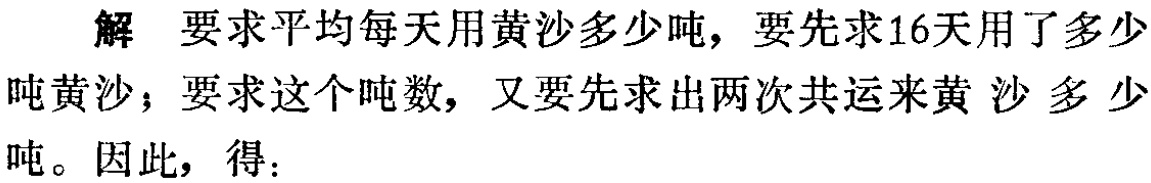
解 要求平均每天用黄沙多少吨，要先求16天用了多少
吨黄沙；要求这个吨数，又要先求出两次共运来黄沙多少
吨。因此，得：